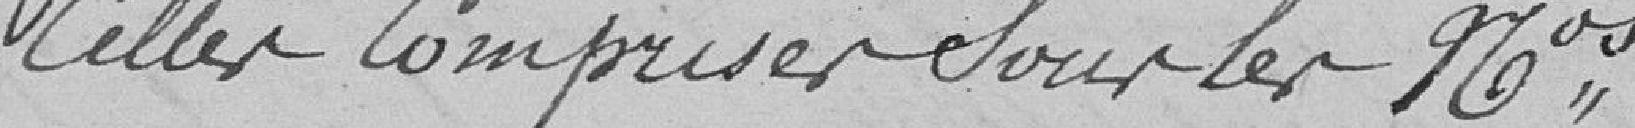
Celles comprises sous les numéros